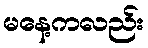
မနေ့ကလည်း